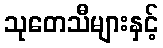
သုတေသီများနှင့်